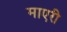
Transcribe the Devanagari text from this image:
माएरी